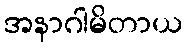
အနာဂါမိတာယ